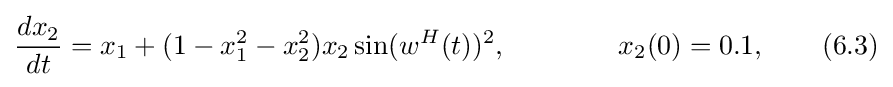
{\frac {dx_{2}}{dt}}=x_{1}+(1-x_{1}^{2}-x_{2}^{2})x_{2}\sin(w^{H}(t))^{2},\qquad \qquad x_{2}(0)=0.1,\qquad (6.3)